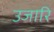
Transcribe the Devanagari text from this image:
उजारि